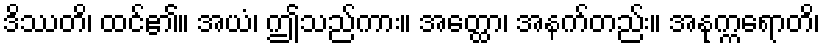
ဒိဿတိ၊ ထင်၏။ အယံ၊ ဤသည်ကား။ အတ္ထော၊ အနက်တည်း။ အနုက္ကရောတိ၊